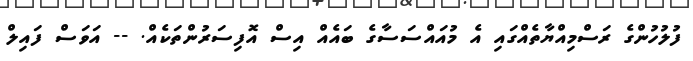
ފުލުހުންގެ ރަސްމިއްޔާތެއްގައި އެ މުއައްސަސާގެ ބައެއް އިސް އޮފިސަރުންތަކެއް. -- އަވަސް ފައިލް